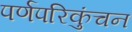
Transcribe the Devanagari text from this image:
पर्णपरिकुंचन